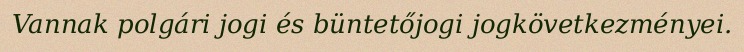
Vannak polgári jogi és büntetőjogi jogkövetkezményei.